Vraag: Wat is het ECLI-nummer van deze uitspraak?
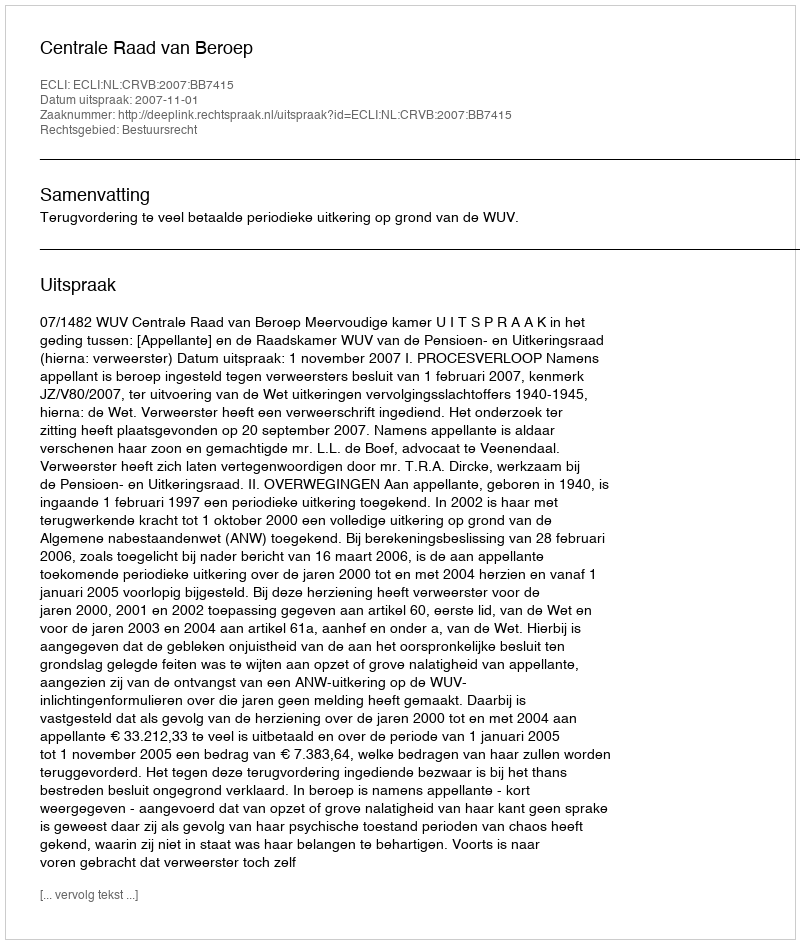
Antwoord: ECLI:NL:CRVB:2007:BB7415